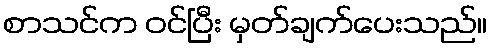
စာသင်က ဝင်ပြီး မှတ်ချက်ပေးသည်။